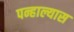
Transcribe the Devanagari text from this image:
पन्हाल्यास